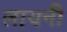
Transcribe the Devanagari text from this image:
लायनी